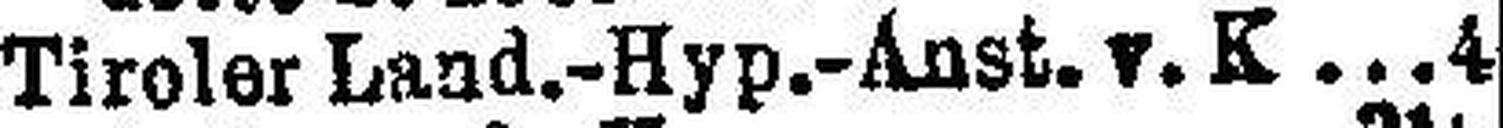
Tiroler Land.-Hyp.-Anst. v. K 4